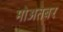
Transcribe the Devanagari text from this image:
मोअतबर